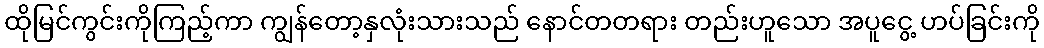
ထိုမြင်ကွင်းကိုကြည့်ကာ ကျွန်တော့နှလုံးသားသည် နောင်တတရား တည်းဟူသော အပူငွေ့ ဟပ်ခြင်းကို